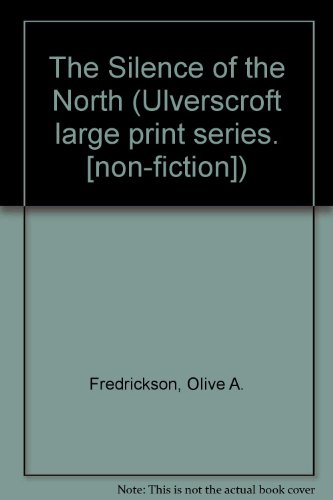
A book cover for The Silence Of The North (U); O. Fredrickson; Biographies & Memoirs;